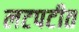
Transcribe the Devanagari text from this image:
लटपटीत